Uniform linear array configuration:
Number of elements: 48
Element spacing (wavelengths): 0.75
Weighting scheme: exponential
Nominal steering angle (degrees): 0
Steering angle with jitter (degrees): -0.4781
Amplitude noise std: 0.05
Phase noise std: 0.05

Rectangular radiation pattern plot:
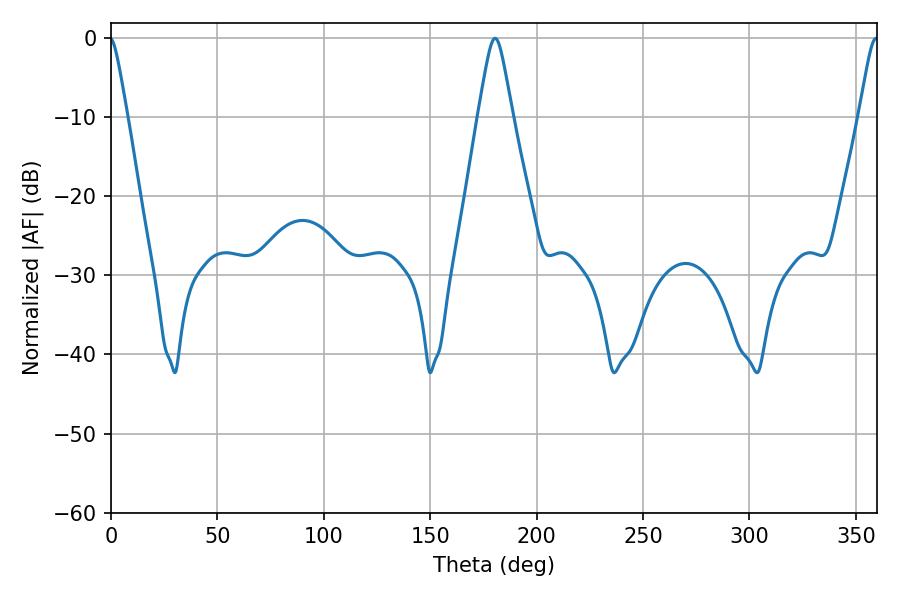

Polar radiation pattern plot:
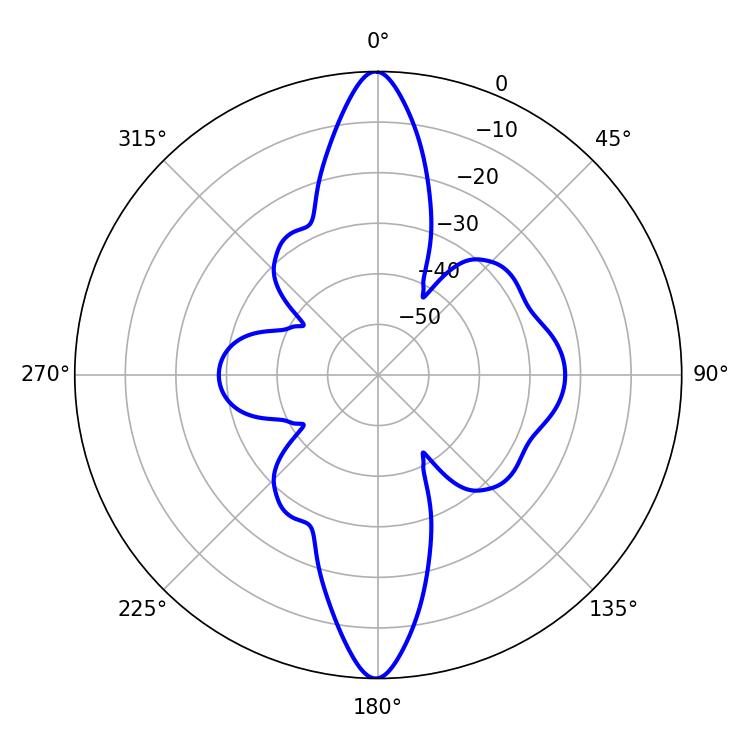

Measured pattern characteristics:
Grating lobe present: TRUE
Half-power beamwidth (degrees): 4.32
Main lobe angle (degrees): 359.46